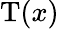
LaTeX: \mathrm{T}(x)